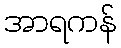
အာရကန်